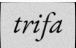
trifa